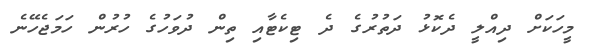
މީހަކަށް ދިއްލީ ދެކޮޅު ދަތުރުގެ ދެ ޓިކެޓާއި ތިން ދުވަހުގެ ހުރުން ހަމަޖެހޭނެ